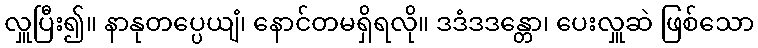
လှူပြီး၍။ နာနုတပ္ပေယျံ၊ နောင်တမရှိရလို။ ဒဒံဒဒန္တော၊ ပေးလှူဆဲ ဖြစ်သော